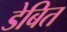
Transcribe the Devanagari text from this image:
डेबित